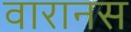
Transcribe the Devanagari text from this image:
वारानस